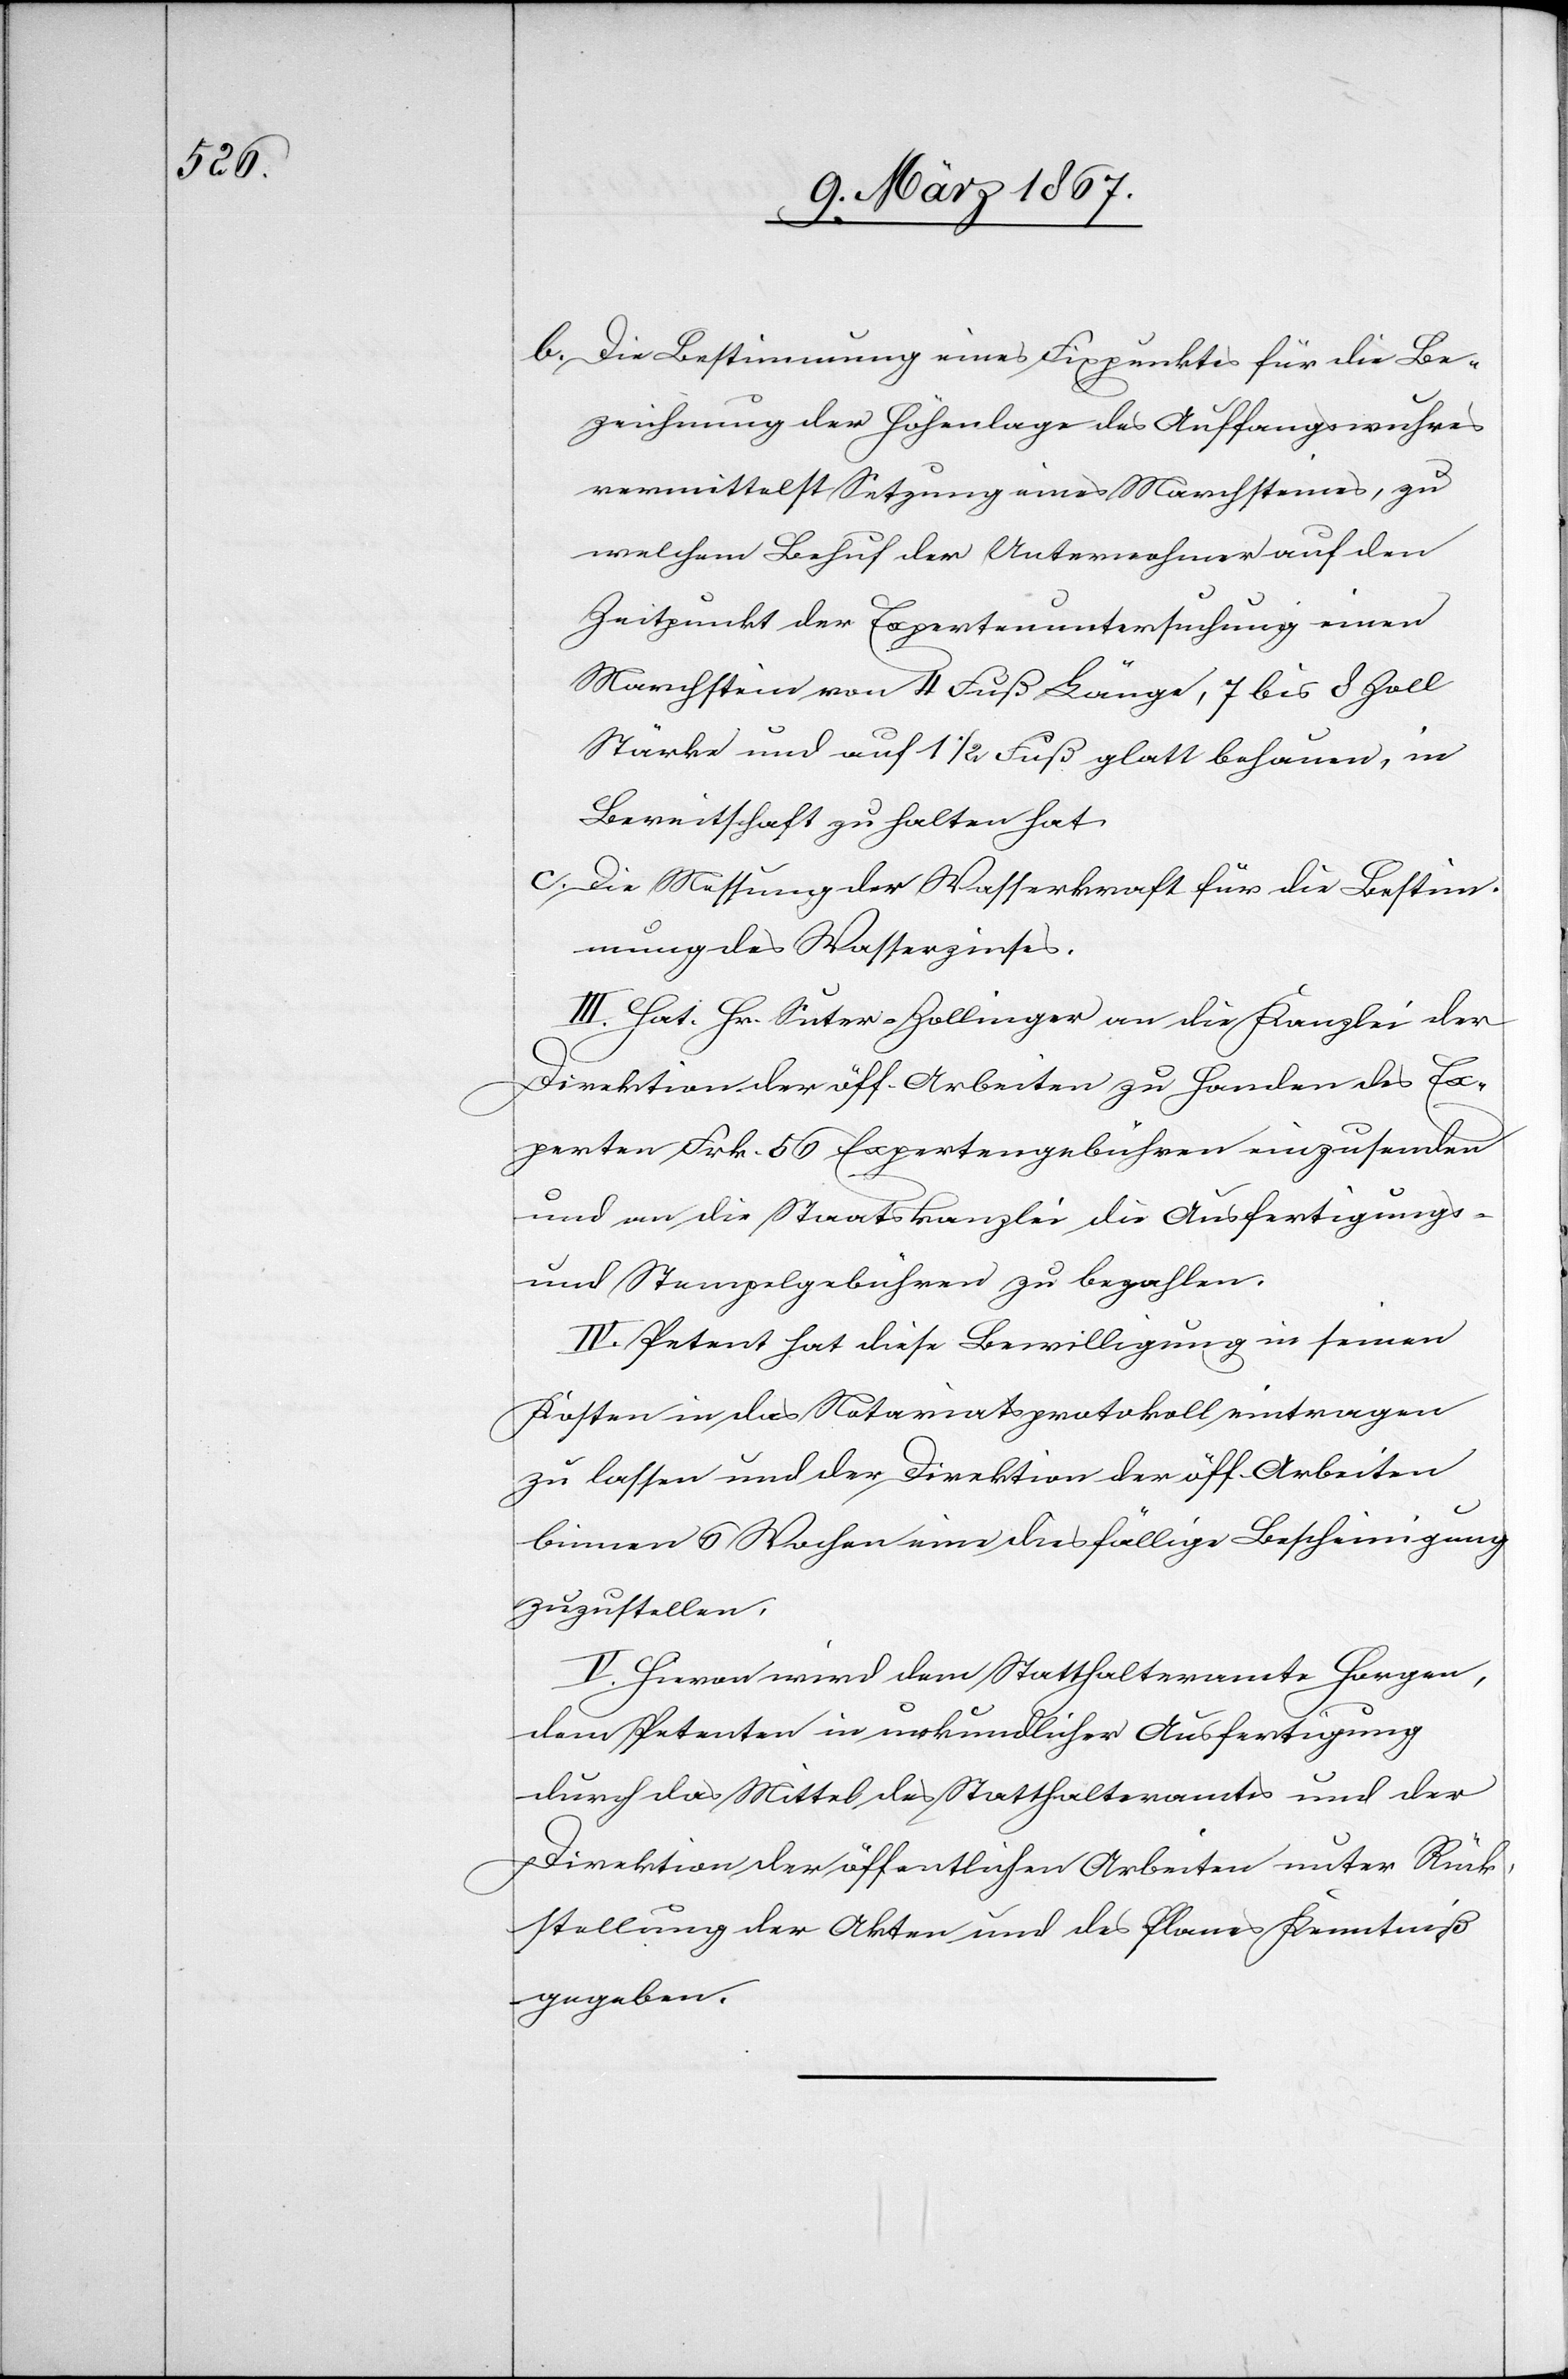
b. 	Die Bestimmung eines Fixpunktes für die Be¬
zeichnung der Höhenlage des Auffangswuhres
vermittelst Setzung eines Marchsteines, zu
welchem Behuf der Unternehmer auf den
Zeitpunkt der Expertenuntersuchung einen
Marchstein von 4 Fuß Länge, 7 bis 8 Zoll
Stärke und auf 1 1/2 Fuß glatt behauen, in
Bereitschaft zu halten hat.
III. Hat Hr. Suter-Zollinger an die Kanzlei der
Direktion der öff. Arbeiten zu Handen des Ex¬
perten Frk. 56 Expertengebühren einzusenden
und an die Staatskanzlei die Ausfertigungs-
und Stempelgebühren zu bezahlen.
IV. Petent hat diese Bewilligung in seinen
Kosten in das Notariatsprotokoll eintragen
zu lassen und der Direktion der öff. Arbeiten
binnen 6 Wochen eine diesfällige Bescheinigung
zuzustellen.
V. Hievon wird dem Statthalteramte Horgen,
dem Petenten in urkundlicher Ausfertigung
durch das Mittel des Statthalteramtes und der
Direktion der öffentlichen Arbeiten unter Rück¬
stellung der Akten und des Planes Kenntniß
gegeben.